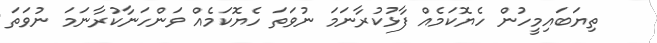
ތިޔަބައިމީހުން ހެޔޮކަމެއް ފާޅުކުރާނަމަ ނުވަތަ ހެޔޮކަމެއް ވަންހަނާކުރާނަމަ ނުވަތަ